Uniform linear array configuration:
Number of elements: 16
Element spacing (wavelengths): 1
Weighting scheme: binomial
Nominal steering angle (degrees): -60
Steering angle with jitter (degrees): -60.208
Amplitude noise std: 0.05
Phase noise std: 0.05

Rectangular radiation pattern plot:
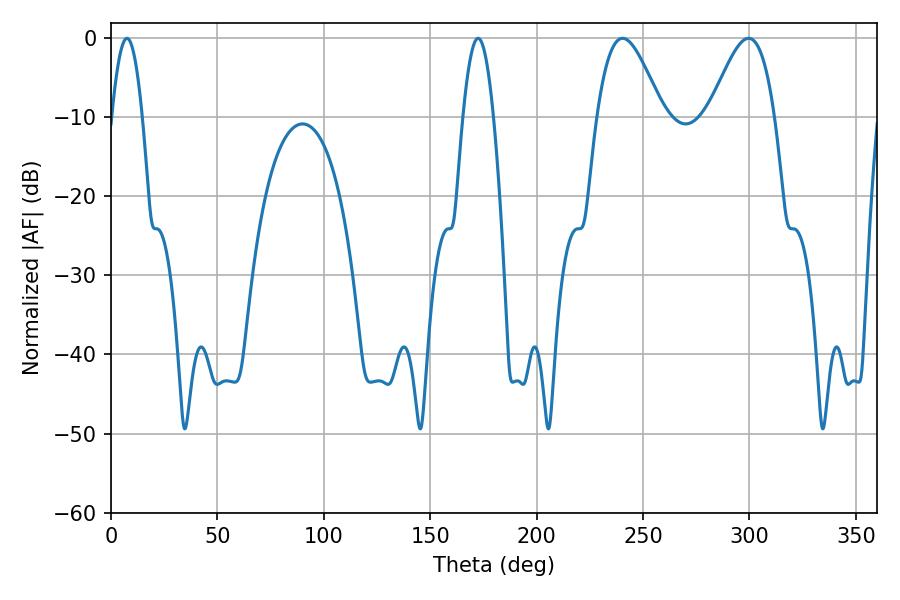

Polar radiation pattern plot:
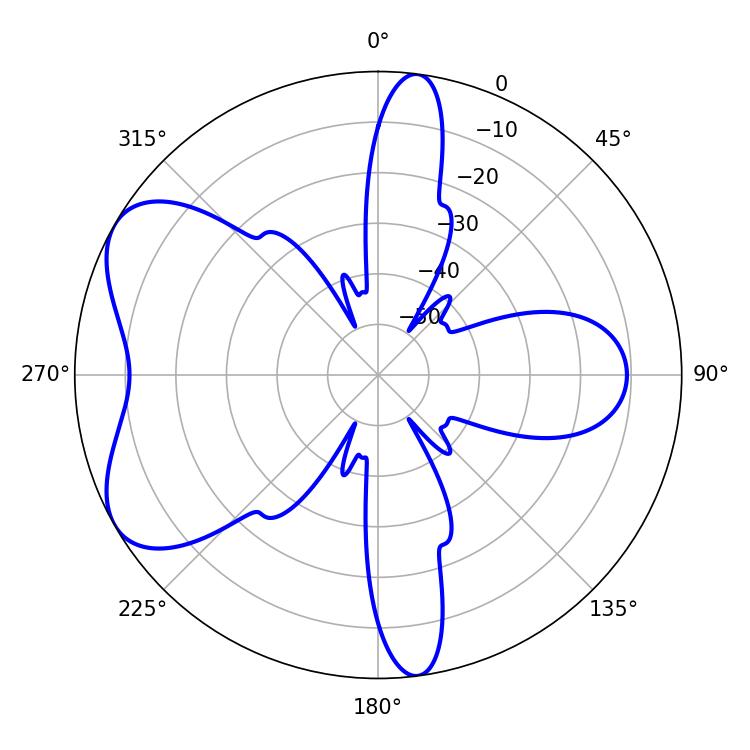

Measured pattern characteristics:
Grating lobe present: TRUE
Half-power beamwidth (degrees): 16.38
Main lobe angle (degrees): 240.3